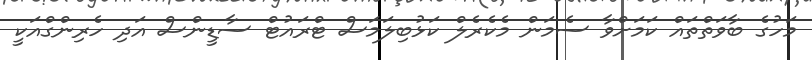
މަހުގެ ބާވަތްތައް ކަމަށްވާ ސެމަން މެކެރެލް ކަޅުބިލަމަސް ޓްރައުޓް ސާޑީންސް އަދި ހެރިންގްއަކީ